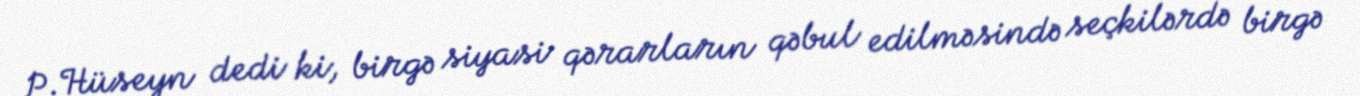
P.Hüseyn dedi ki, birgə siyasi qərarların qəbul edilməsində seçkilərdə birgə